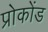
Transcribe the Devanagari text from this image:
प्रोकोंड